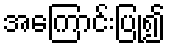
အကြောင်းပြု၍